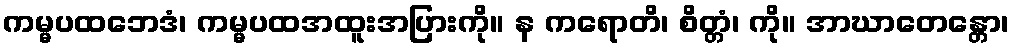
ကမ္မပထဘေဒံ၊ ကမ္မပထအထူးအပြားကို။ န ကရောတိ၊ စိတ္တံ၊ ကို။ အာဃာတေန္တော၊